Report of the veterinary officer investigating camel disease
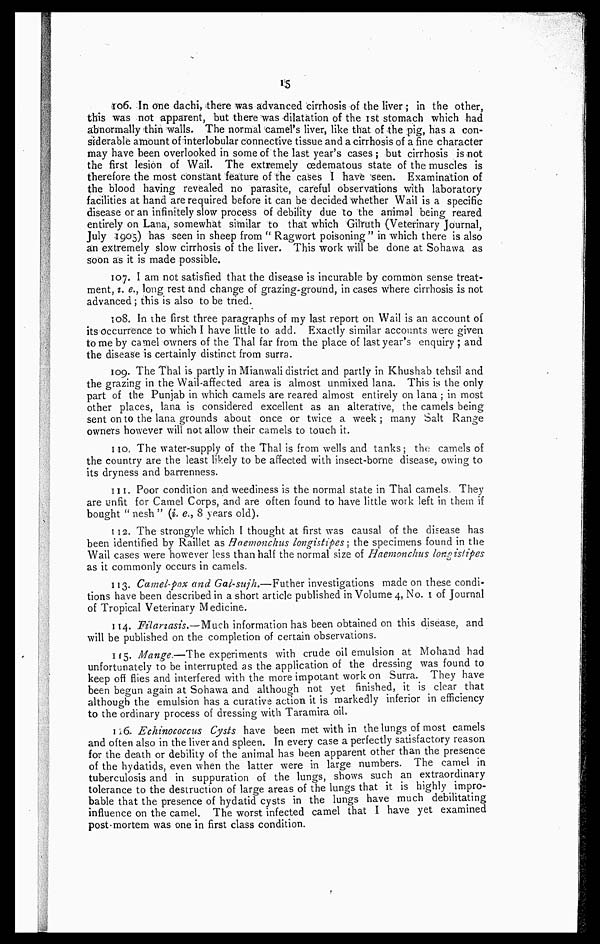
15
106. In one dachi, there was advanced cirrhosis of the liver; in the other,
this was not apparent, but there was dilatation of the 1st stomach which had
abnormally thin walls. The normal camel's liver, like that of the pig, has a con-
siderable amount of interlobular connective tissue and a cirrhosis of a fine character
may have been overlooked in some of the last year's cases ; but cirrhosis is-not
the first lesion of Wail. The extremely oedematous state of the muscles is
therefore the most constant feature of the cases I have seen. Examination of
the blood having revealed no parasite, careful observations with laboratory
facilities at hand are required before it can be decided whether Wail is a specific
disease or an infinitely slow process of debility due to the animal being reared
entirely on Lana, somewhat similar to that Which Gilruth (Veterinary journal,
July 1905) has seen in sheep from " Ragwort poisoning" in which there is also
an extremely slow cirrhosis of the liver. This work will be done at Sohawa as
soon as it is made possible.
107. I am not satisfied that the disease is incurable by common sense treat-
ment, i. e., long rest and change of grazing-ground, in cases where cirrhosis is not
advanced ; this is also to be tried.
108. In the first three paragraphs of my last report on Wail is an account of
its Occurrence to which I have little to add. Exactly similar accounts were given
to me by camel owners of the Thal far from the place of last year's enquiry ; and
the disease is certainly distinct from surra.
109. The Thal is partly in Mianwali district and partly in Khushab tehsil and
the grazing in the Wail-affected area is almost unmixed lana. This is the only
part of the Punjab in which camels are reared almost entirely on lana ; in most
other places, lana is considered excellent as an alterative, the camels being
sent on to the lana grounds about once or twice a week; many Salt Range
owners however will not allow their camels to touch it.
110. The water-supply of the Thal is from wells and tanks; the camels of
the country are the least likely to be affected with insect-borne disease, owing to
it's dryness and barrenness.
111. Poor condition and weediness is the normal state in Thal camels.. They
are unfit for Camel Corps, and are often found to have little work left in them if
bought " nesh " (i. e., 8 years old).
112. The strongyle which I thought at first was causal of the disease has
been identified by Raillet as Haemonchus longistipes; the specimens found in the
Wail cases were however less than half the normal size of Haemonchus longistipes
as it commonly occurs in camels.
113. Camel-pox and Gai-sujh.—Futher investigations made on these condi-
tions have been described in a short article published in Volume 4, No. 1 of Journal
of Tropical Veterinary Medicine.
114. Filariasis.—Much information has been obtained on this disease, and
will be published on the completion of certain observations.
115. Mange.—The experiments with crude oil emulsion at Mohand had
unfortunately to be interrupted as the application of the dressing was found to
keep off flies and interfered with the more impotent work on Surra. They have
been begun again at Sohawa and although not yet finished, it is clear that
although the emulsion has a curative action it is markedly inferior in efficiency
to the ordinary process of dressing with Taramira oil.
116. Echinococcus Cysts have been met with in the lungs of most camels
and often also in the liver and spleen. In every case a perfectly satisfactory reason
for the death or debility of the animal has been apparent other than the presence
of the hydatids, even when the latter were in large numbers. The camel in
tuberculosis and in suppuration of the lungs, shows such an extraordinary
tolerance to the destruction of large areas of the lungs that it is highly impro-
bable that the presence of hydatid cysts in the lungs have much debilitating
influence on the camel. The worst infected camel that I have yet examined
post-mortem was one in first class condition.